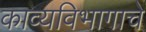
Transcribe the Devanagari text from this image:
काव्यविभागाचे